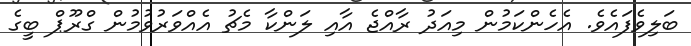
ބަލިވެފައެވެ. އެހެންކަމުން މިއަދު ރާއްޖެ އާއި ލަންކާ މެޗު އެއްވަރުވުމުން ގްރޫޕް ބީގެ